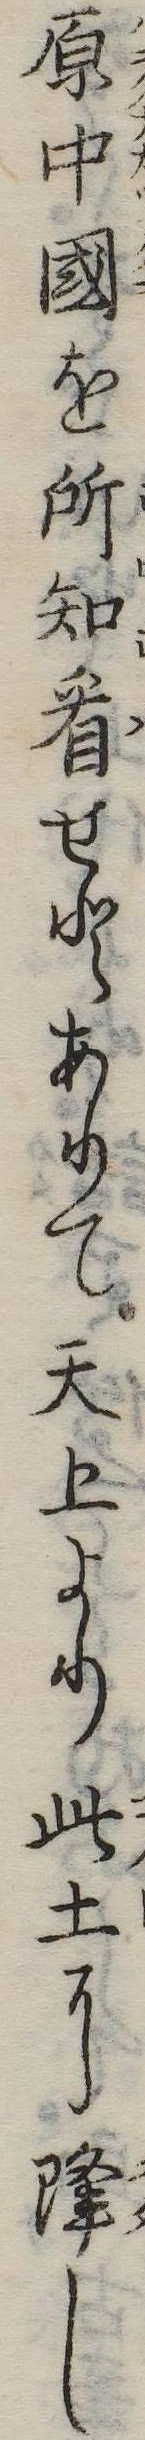
原中国を所知看せとありて天上より此土に降し